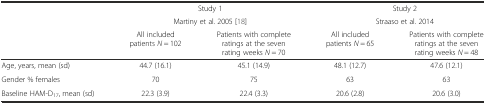
|  | <COLSPAN=2> Study 1 | <COLSPAN=2> Study 2 |
 |  | <COLSPAN=2> Martiny et al. 2005 [18] | <COLSPAN=2> Straaso et al. 2014 |
 |  | All included patientsN = 102 | Patients with complete ratings at the seven rating weeks N = 70 | All included patients N = 65 | Patients with complete ratings at the seven rating weeks N = 48 |
 | --- | --- | --- | --- | --- |
 | Age, years, mean (sd) | 44.7 (16.1) | 45.1 (14.9) | 48.1 (12.7) | 47.6 (12.1) |
 | Gender % females | 70 | 75 | 63 | 63 |
 | Baseline HAM-D17, mean (sd) | 22.3 (3.9) | 22.4 (3.3) | 20.6 (2.8) | 20.6 (3.0) |